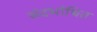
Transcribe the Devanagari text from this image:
संदर्भाथित